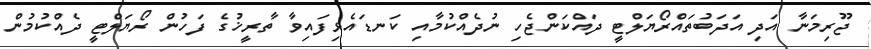
ޖޫރިމަނާ އަދި އަދަބުތައްރޯޔަލްޓީ ދައްކަންޖެހި ނުދެއްކުމާއި ކަނޑައެޅިފައިވާ ތާރީޚުގެ ފަހުން ރޯޔަލްޓީ ދެއްކުމުން